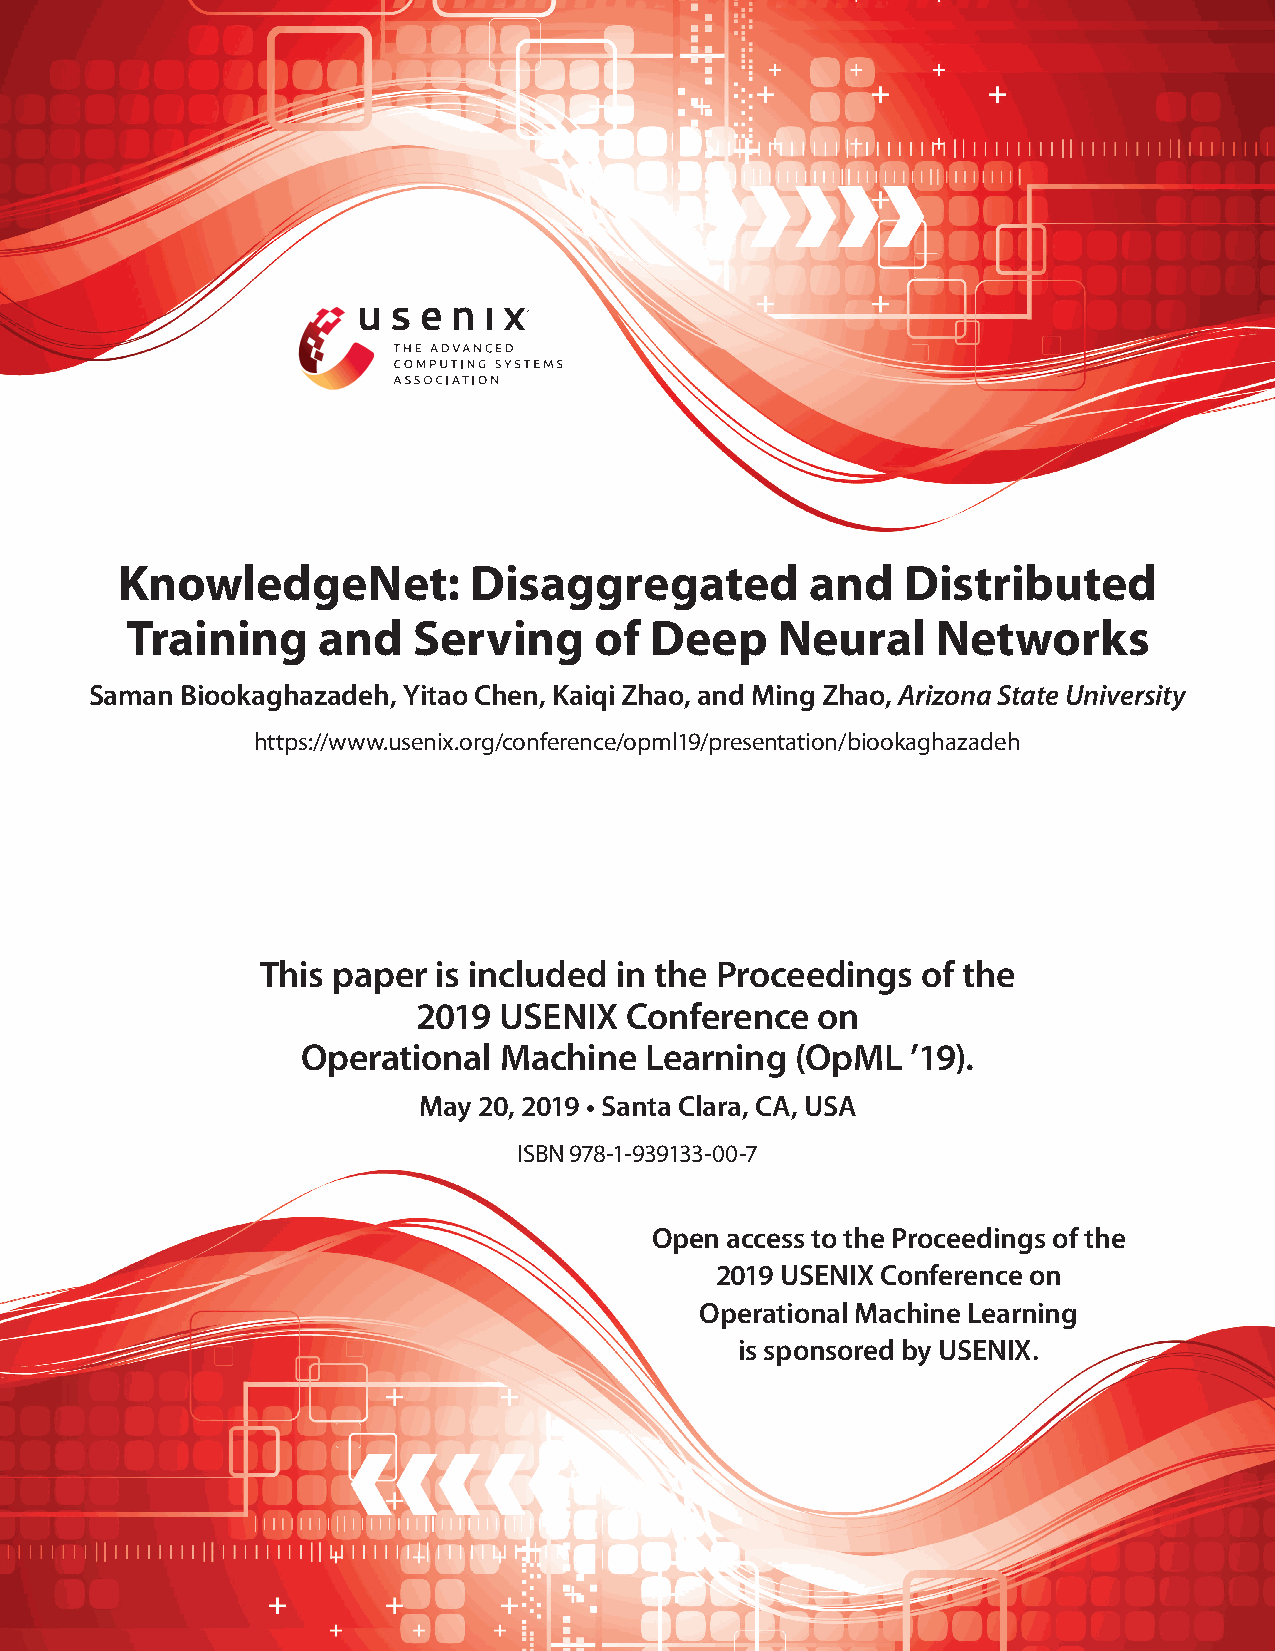
KnowledgeNet:          Disaggregated          and   Distributed
 Training     and   Serving     of  Deep    Neural     Networks
 Saman Biookaghazadeh, Yitao Chen, Kaiqi Zhao, and Ming Zhao, Arizona State University
 https://www.usenix.org/conference/opml19/presentation/biookaghazadeh
 This paper  is included in the Proceedings  of the
 2019 USENIX  Conference   on
 Operational  Machine   Learning  (OpML  ’19).
 May 20, 2019 • Santa Clara, CA, USA
 ISBN 978-1-939133-00-7
 Open access to the Proceedings of the
 2019 USENIX Conference on
 Operational Machine Learning
 is sponsored by USENIX.